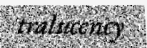
tralucency